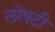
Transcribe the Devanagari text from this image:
लोफ्टी